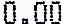
0.00